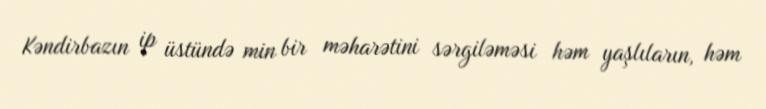
Kəndirbazın ip üstündə min bir məharətini sərgiləməsi həm yaşlıların, həm